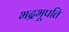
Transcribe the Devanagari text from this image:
भद्रभूपति